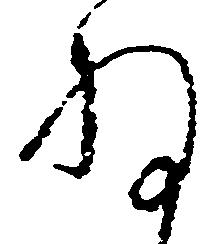
ね